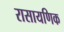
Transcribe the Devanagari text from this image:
रासायणिक